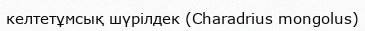
келтетұмсық шүрілдек (Charadrius mongolus)